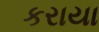
કરાયા